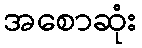
အစောဆုံး